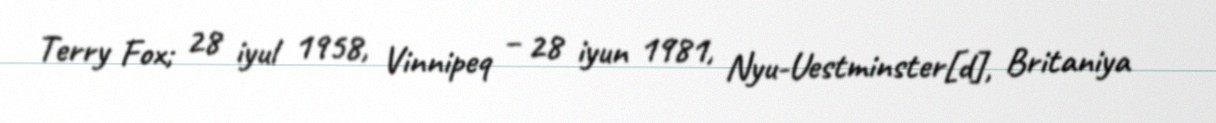
Terry Fox; 28 iyul 1958, Vinnipeq – 28 iyun 1981, Nyu-Uestminster[d], Britaniya